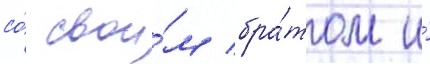
со́ свои́м бра́том и́